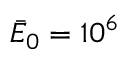
\bar { E } _ { 0 } = 1 0 ^ { 6 }